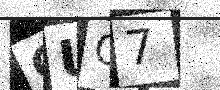
Text: CUG7